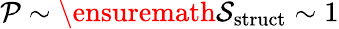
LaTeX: \mathcal{P}\sim\ensuremath{\mathcal{S}}_{\mathrm{struct}}\sim 1